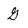
Character: G